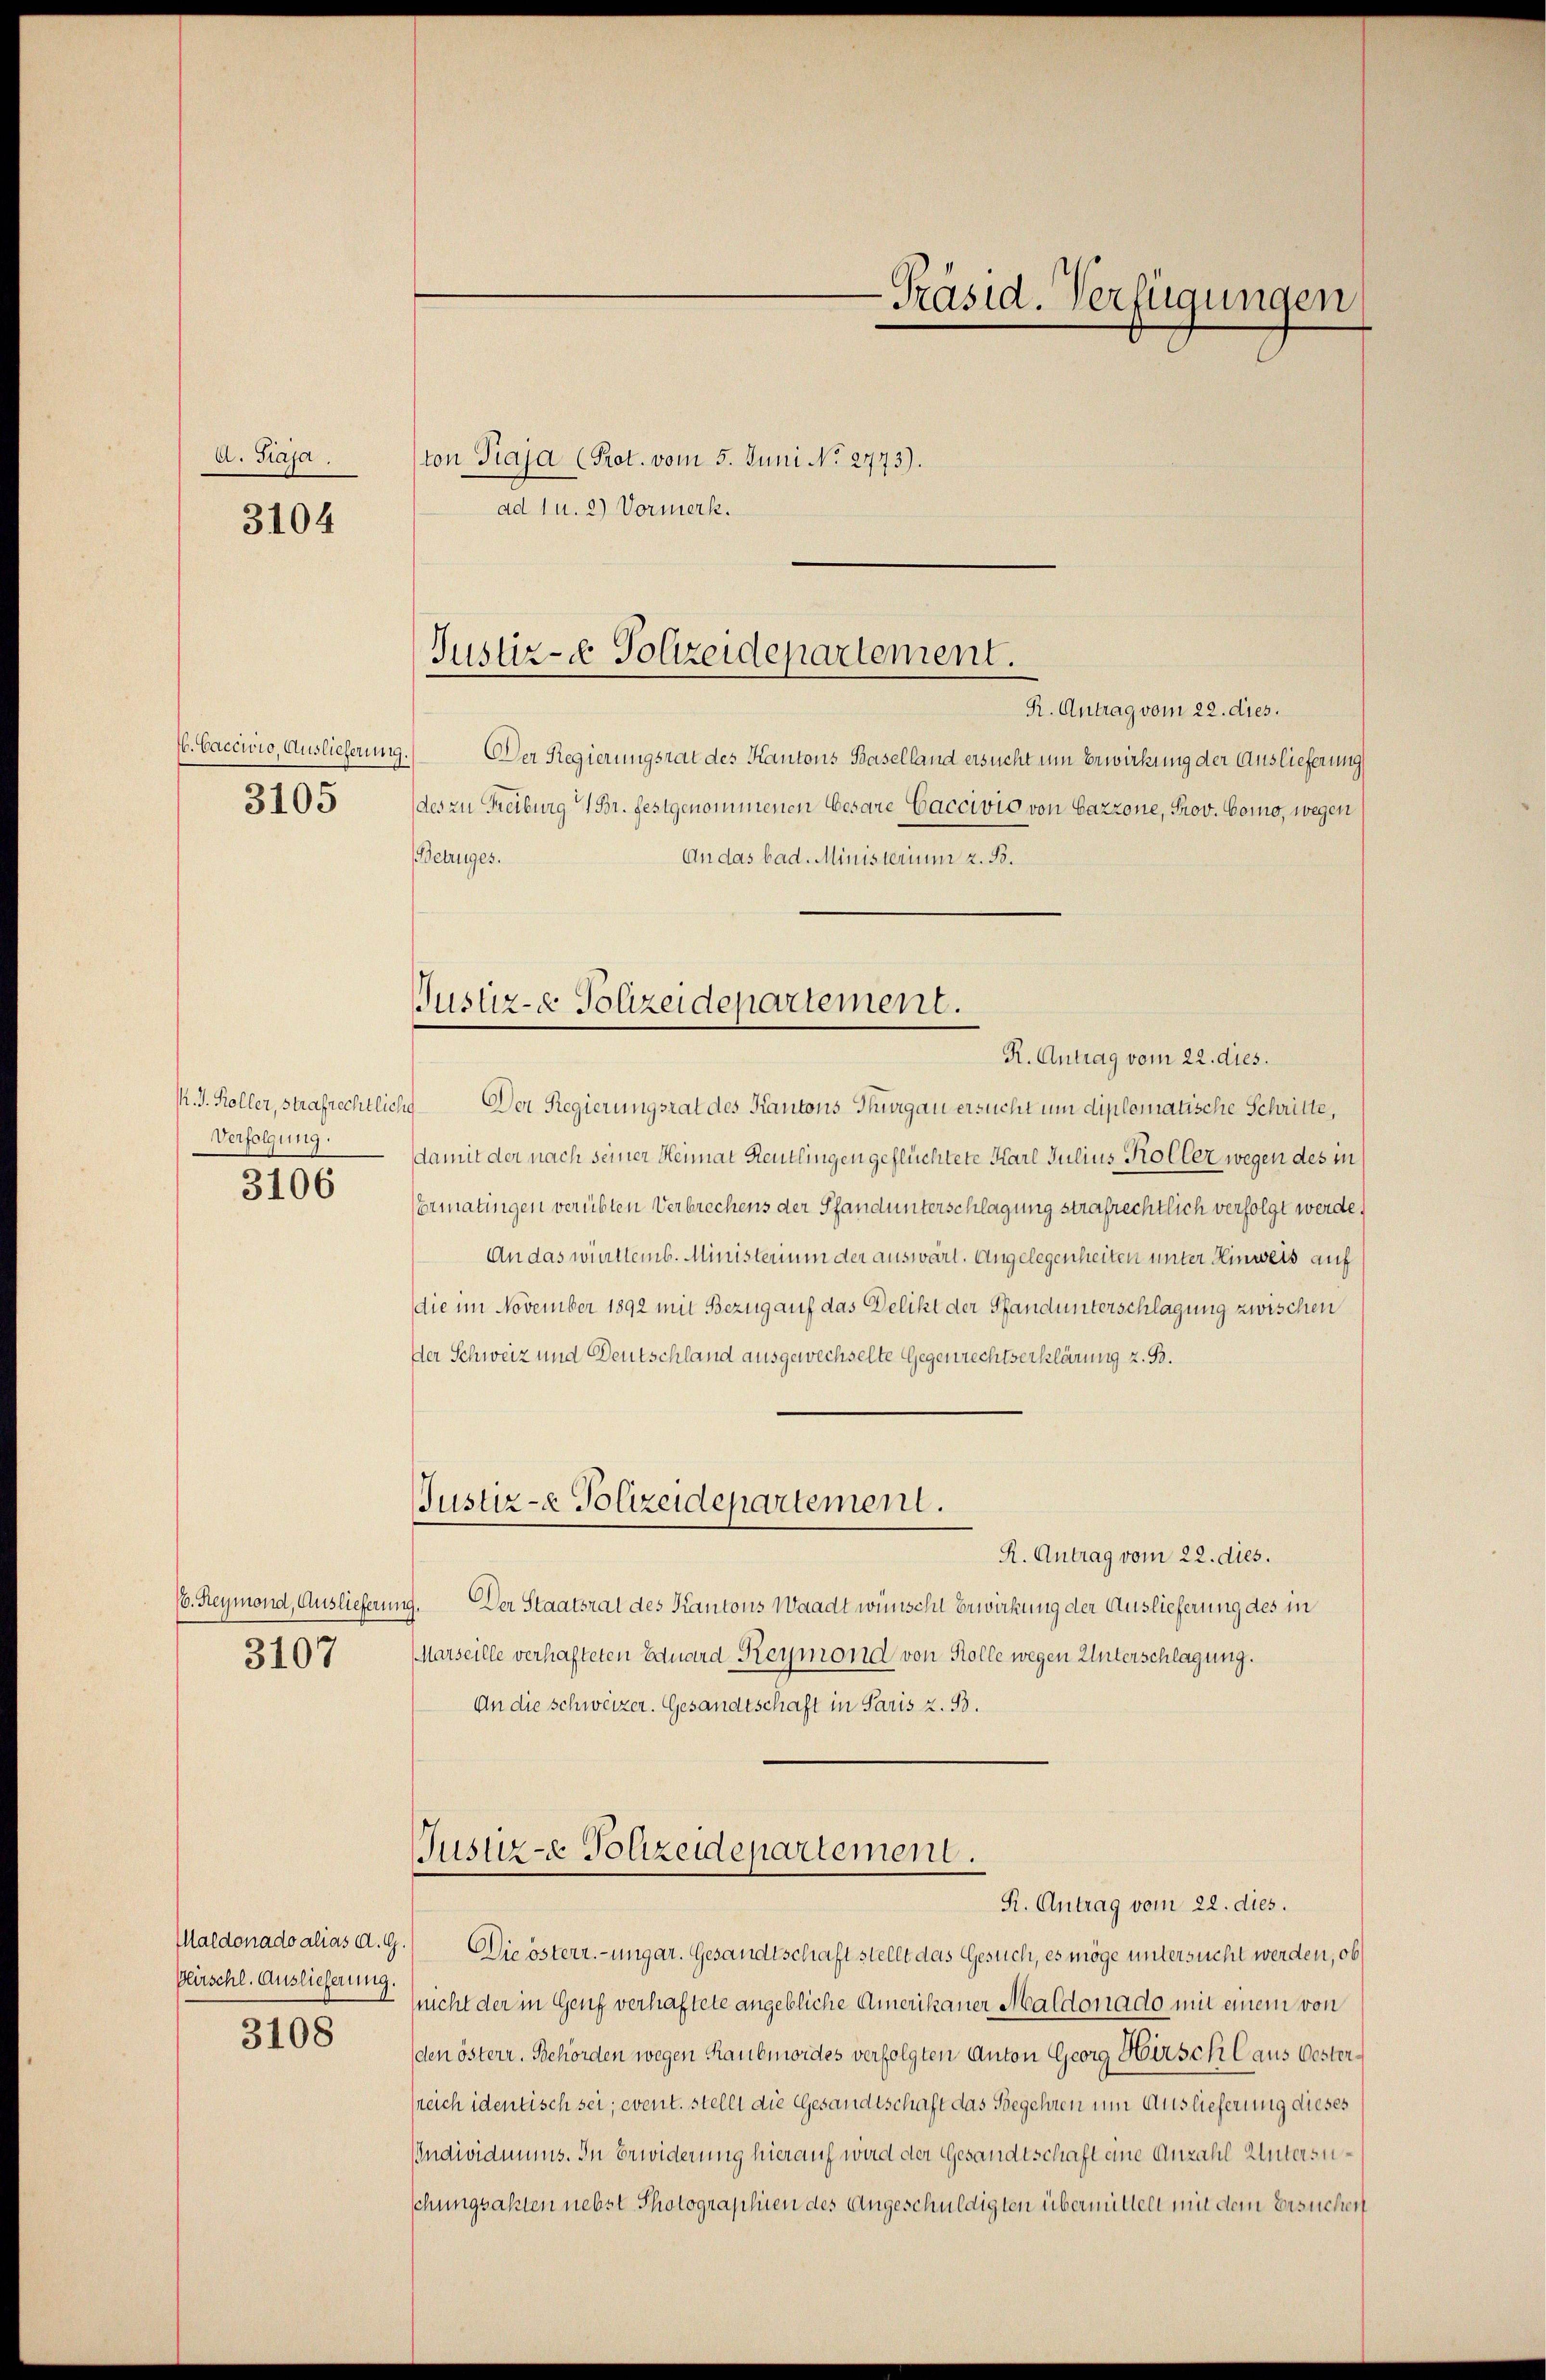
A. Fiaja.
3104

3105

Verfolgung.
3106

3107

Hirschl. Auslieferung.
3108

Justiz- Polizeidepartement.

-Präsid. Verfügungen

R. Antrag vom 22. dies.
. Caccivio, Auslieferung. Der Regierungsrat des Kantons Baselland ersucht um Erwirkung der Auslieferung
des zu Freiburg 1 Br. festgenommenen Cesare Gaccivio von Cazzone, Prov. Como, wegen
An das bad. Ministerium z. B.
Betruges.

Justiz- & Polizeidepartement.

R. Antrag vom 22. dies.
K. J. Koller, strafrechtliche Der Regierungsrat des Kantons Thurgau ersucht um diplomatische Schritte,
damit der nach seiner Heimat Reutlingen geflüchtete Karl Julius Koller wegen des in
ormatingen verübten Verbrechens der Pfandunterschlagung strafrechtlich verfolgt werde,
An das wirttemb. Ministerium der auswärt. Angelegenheiten unter Hinweis auf
die im November 1892 mit Bezug auf das Delikt der Pfandunterschlagung zwischen
Der Schweiz und Deutschland ausgewechselte Gegenrechtserklärung z. B.
Justiz-e Polizeidepartement.
R. Antrag vom 22. dies.
(s. Reymond, Auslieferung. Der Staatsrat des Kantons Waadt wünscht Erwirkung der Auslieferung des in
Marseille verhafteten Eduard Reymond von Kolle wegen Unterschlagung.
An die schweizer. Gesandtschaft in Paris z. B.

ton Piaja (Prot. vom 5. Juni No 2773).
ad 1 u. 2) Vormerk.

Justiz-e Polizeidepartement.
R. Antrag vom 22. dies.

Maldonadoalias d. G.) Die österr.-ungar. Gesandtschaft stellt das Gesuch, es möge untersucht werden, ob
(nicht der in Genf verhaftete angebliche Amerikaner Maldonado mit einem von
den österr. Behörden wegen Raubmordes verfolgten Anton Georg Hirsch laus Oestersreich identisch sei; event. stellt die Gesandtschaft das Begehren um Auslieferung dieses
IIndividmuns. In Erwiderung hierauf wird der Gesandtschaft eine Anzahl Untersuschungsakten nebst Photographien des Angeschuldigten übermittelt mit dem Ersuchen